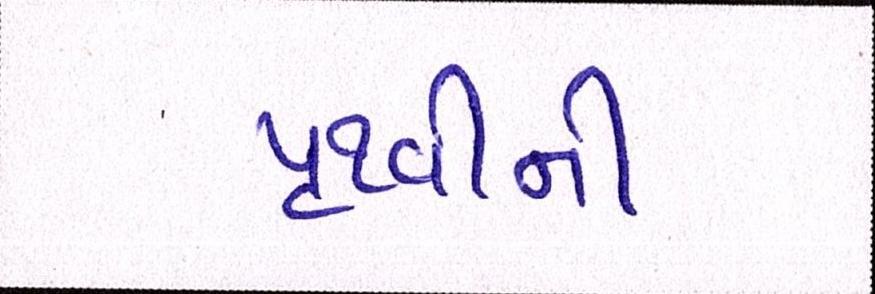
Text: પૃથ્વીની